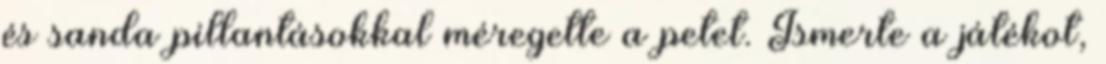
és sanda pillantásokkal méregette a petet. Ismerte a játékot,